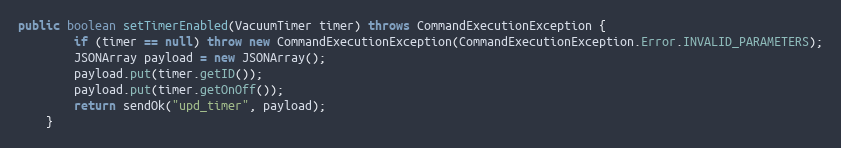
Language: Java
public boolean setTimerEnabled(VacuumTimer timer) throws CommandExecutionException {
        if (timer == null) throw new CommandExecutionException(CommandExecutionException.Error.INVALID_PARAMETERS);
        JSONArray payload = new JSONArray();
        payload.put(timer.getID());
        payload.put(timer.getOnOff());
        return sendOk("upd_timer", payload);
    }